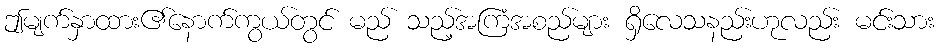
ဤမျက်နှာထား၏နောက်ကွယ်တွင် မည် သည့်အကြံအစည်များ ရှိလေသနည်းဟုလည်း မင်းသား